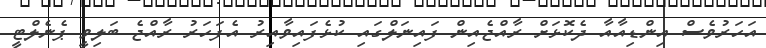
އަހަރުވެސް އިންޑިއާއާ ދެކޮޅަށް ރާއްޖެއިން ފައިނަލްގައި ކުޅެފައިވާއިރު އެފަހަރު ރާއްޖެ ބަލިވީ ޕެނެލްޓީ